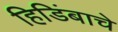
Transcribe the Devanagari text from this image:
हिडिंबाचे